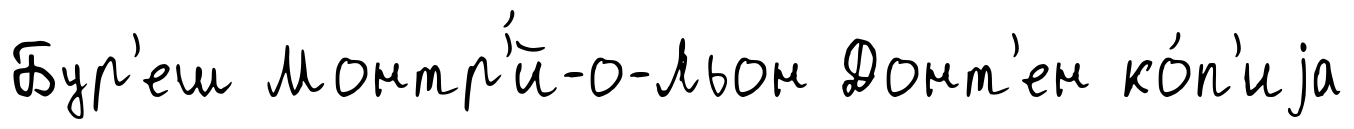
Бур'еш Монтр'́й-о-Льон Донт'ен ко́п'иjа